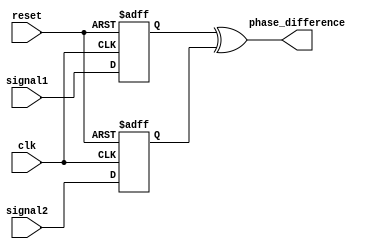
module PhaseDetector (
    input wire clk,
    input wire reset,
    input wire signal1,
    input wire signal2,
    output wire phase_difference
);

    reg prev_signal1;
    reg prev_signal2;

    always @(posedge clk or posedge reset) begin
        if (reset)
            prev_signal1 <= 1'b0;
        else
            prev_signal1 <= signal1;
    end

    always @(posedge clk or posedge reset) begin
        if (reset)
            prev_signal2 <= 1'b0;
        else
            prev_signal2 <= signal2;
    end

    assign phase_difference = prev_signal1 ^ prev_signal2;

endmodule